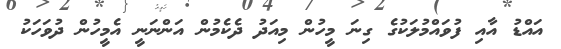
އައްޑު އާއި ފުވައްމުލަކުގެ ގިނަ މީހުން މިއަދު ދެކެމުން އަންނަނީ އެމީހުން ދުވަހަކު